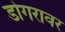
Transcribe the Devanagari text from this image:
डोगरावर